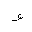
Letter: _waw